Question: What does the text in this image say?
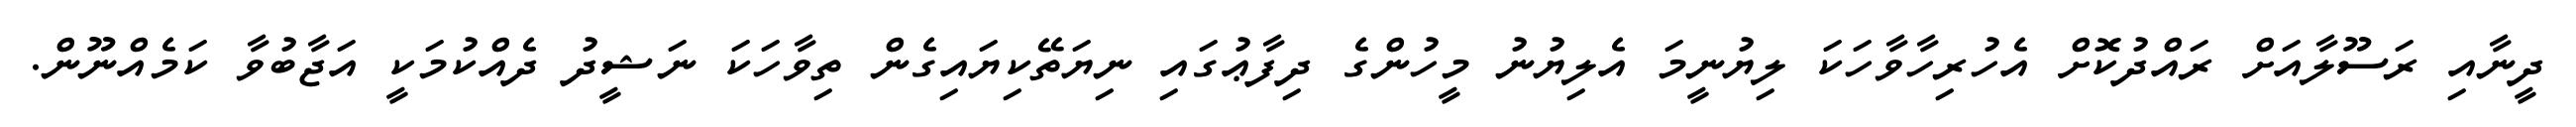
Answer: ދީނާއި ރަސޫލާއަށް ރައްދުކޮށް އެހުރިހާވާހަކަ ލިޔުނީމަ އެލިޔުނު މީހުންގެ ދިފާޢުގައި ނިޔަތޭކިޔައިގެން ތިވާހަކަ ނަޝީދު ދެއްކުމަކީ އަޖާބުވާ ކަމެއްނޫން.